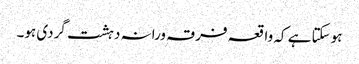
ہوسکتا ہے کہ واقعہ فرقہ ورانہ دہشت گردی ہو۔